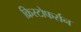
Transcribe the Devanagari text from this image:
क्रिस्टोफर्सन